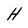
Character: H